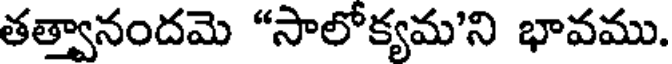
తత్వానందమె "సాలోక్యమని భావము.